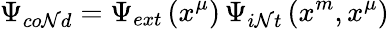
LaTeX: \Psi_{co\mathcal{N}d}=\Psi_{ext}\left(x^{\mu}\right)\, \Psi_{i\mathcal{N}t}\left(x^{m},x^{\mu}\right)